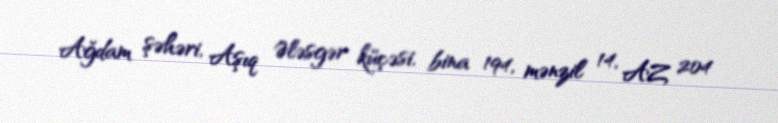
Ağdam şəhəri, Aşıq Ələsgər küçəsi, bina 194, mənzil 14, AZ 204